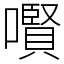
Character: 㘋